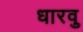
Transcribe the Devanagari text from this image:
धारवु